Scientific memoirs by medical officers of the Army of India - Part IV,
Year: 1889
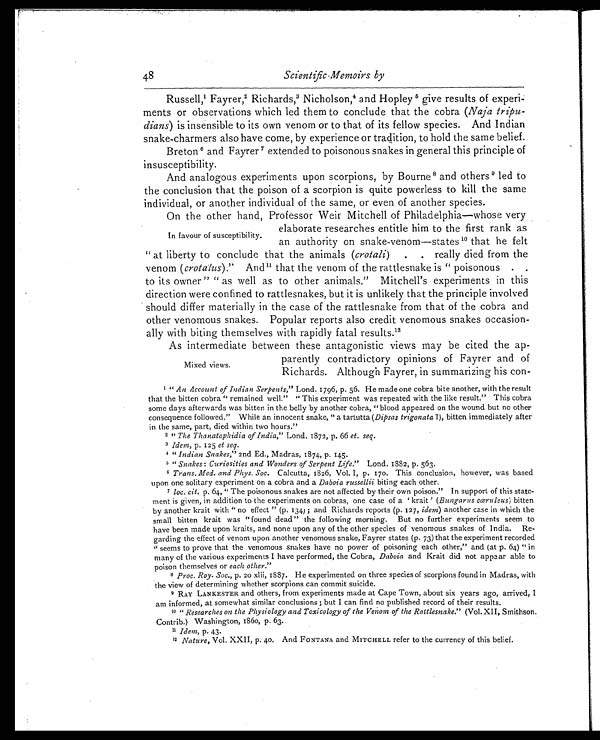
48
Scientific-Memoirs by
R u s s e l l , 1 F a y r e r , 2 R i c h a r d s , 3 N i c h o l s o n , 4 a n d H o p l e y 5give results of experi
-ments or observations which led them to conclude that the cobra (Naja tripu
-dians) is insensible to its own venom or to that of its fellow species. And Indian
snake-charmers also have come, by experience or tradition, to hold the same belief.
Breton 6 and Fayrer 7 extended to poisonous snakes in general this principle of
insusceptibility.
And analogous experiments upon scorpions, by Bourne 8 a n d o t h e r s 9
l e d t o
the conclusion that the poison of a scorpion is quite powerless to kill the same
individual, or another individual of the same, or even of another species.
On the other hand, Professor Weir Mitchell of Philadelphia—whose very
elaborate researches entitle him to the first rank as
an authority on snake-venom—states 10 that he felt
"at liberty to conclude that the animals (crotali) . . really died from the
venom (crotalus)." And 11 that the venom of the rattlesnake is "poisonous . .
to its owner" "as well as to other animals." Mitchell's experiments in this
direction were confined to rattlesnakes, but it is unlikely that the principle involved
should differ materially in the case of the rattlesnake from that of the cobra and
other venomous snakes. Popular reports also credit venomous snakes occasion
-ally with biting themselves with rapidly fatal results.12
As intermediate between these antagonistic views may be cited the ap
-parently contradictory opinions of Fayrer and of
Richards. Although Fayrer, in summarizing his con-
1 " A n
A c c o u n t o f I n d i a n S e r p e n t s , "L
o n d . 1 7 9 6 , p . 5 6 . H e m a d e o n e c o b r a b i t e a n o t h e r , w i t h t h e r e s u l t
that the bitten cobra "remained well." "This experiment was repeated with the like result." This cobra
some days afterwards was bitten in the belly by another cobra, "blood appeared on the wound but no other
consequence followed." While an innocent snake, "a tartutta (Dipsas trigonata?), bitten immediately after
in the same, part, died within two hours."
2 " The Thanatophidia of India," Lond. 1872, p. 66 et. seq.
3 Idem, p. 125 et seq.
4 " Indian Snakes," 2nd Ed., Madras, 1874, p. 145.
5 " Snakes: Curiosities and Wonders of Serpent Life." Lond. 1882, p. 563.
6 Trans. Med. and Phys. Soc. Calcutta, 1826, Vol. I, p. 170. This conclusion, however, was based
upon one solitary experiment on a cobra and a Daboia russellii biting each other.
7 loc. cit. p. 64, "The poisonous snakes are not affected by their own poison." In support of this state
- m e n t i s g i v e n , i n a d d i t i o n t o t h e e x p e r i m e n t s o n c o b r a s , o n e c a s e o f a ' k r a i t '
( B u n g a r u s c œ r u l e u s )
b i t t e n
by another krait with "no effect" (p. 134); and Richards reports (p. 127, idem) another case in which the
small bitten krait was "found dead" the following morning. But no further experiments seem to
have been made upon kraits, and none upon any of the other species of venomous snakes of India. Re
- g a r d i n g t h e e f f e c t o f v e n o m u p o n a n o t h e r v e n o m o u s s n a k e , F a y r e r s t a t e s ( p . 7 3 ) t h a t t h e e x p e r i m e n t r e c o r d e d
"seems to prove that the venomous snakes have no power of poisoning each other," and (at p. 64) "in
many of the various experiments I have performed, the Cobra, Daboia and Krait did not appear able to
poison themselves or each other."
8 Proc. Roy. Soc., p. 20 xlii, 1887. He experimented on three species of scorpions found in Madras, with
the view of determining whether scorpions can commit suicide.
9 RAY LANKESTER and others, from experiments made at Cape Town, about six years ago, arrived, I
am informed, at somewhat similar conclusions; but I can find no published record of their results.
10 " Researches on the Physiology and Toxicology of the Venom of the Rattlesnake." (Vol. XII, Smithson.
Contrib.) Washington, 1860, p. 63.
1 1I
d e m ,
p . 4 3 .
12 Nature, Vol. XXII, p. 40. And FONTANA and MITCHELL refer to the currency of this belief.
In favour of susceptibility.
Mixed views.